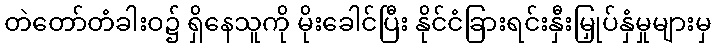
တဲတော်တံခါးဝ၌ ရှိနေသူကို မိုးခေါင်ပြီး နိုင်ငံခြားရင်းနှီးမြှုပ်နှံမှုများမှ